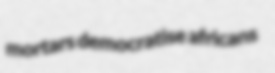
mortars democratise africans